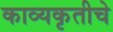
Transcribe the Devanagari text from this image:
काव्यकृतीचे